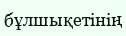
бұлшықетінің